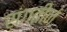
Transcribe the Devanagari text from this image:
संगतीनं